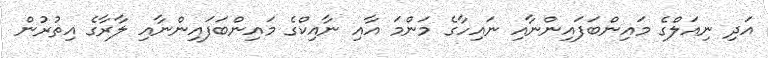
އަދި ނިއަލްގެ މައިންބަފައިންނާއި ނައިހާގެ މަންމަ އާއި ނާއިކްގެ މައިންބަފައިންނާއި ލާރާގެ އިތުރުން